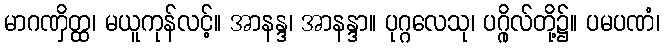
မာဂဏှိတ္ထ၊ မယူကုန်လင့်။ အာနန္ဒ၊ အာနန္ဒာ။ ပုဂ္ဂလေသု၊ ပဂ္ဂိုလ်တို့၌။ ပမပဏံ၊